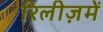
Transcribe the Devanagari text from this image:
रिलीज़में